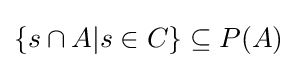
\{s\cap A|s\in C\}\subseteq P(A)